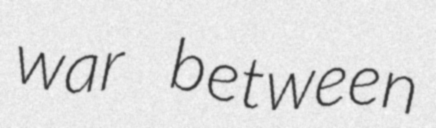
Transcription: war between